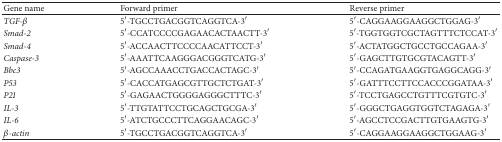
<table><thead><tr><td><b>Gene name</b></td><td><b>Forward primer</b></td><td><b>Reverse primer</b></td></tr></thead><tbody><tr><td><i>TGF-β</i></td><td>5′-TGCCTGACGGTCAGGTCA-3′</td><td>5′-CAGGAAGGAAGGCTGGAG-3′</td></tr><tr><td><i>Smad-2</i></td><td>5′-CCATCCCCGAGAACACTAACTT-3′</td><td>5′-TGGTGGTCGCTAGTTTCTCCAT-3′</td></tr><tr><td><i>Smad-4</i></td><td>5′-ACCAACTTCCCCAACATTCCT-3′</td><td>5′-ACTATGGCTGCCTGCCAGAA-3′</td></tr><tr><td><i>Caspase-3</i></td><td>5′-AAATTCAAGGGACGGGTCATG-3′</td><td>5′-GAGCTTGTGCGTACAGTT-3′</td></tr><tr><td><i>Bbc3</i></td><td>5′-AGCCAAACCTGACCACTAGC-3′</td><td>5′-CCAGATGAAGGTGAGGCAGG-3′</td></tr><tr><td><i>P53</i></td><td>5′-CACCATGAGCGTTGCTCTGAT-3′</td><td>5′-GATTTCCTTCCACCCGGATAA-3′</td></tr><tr><td><i>P21</i></td><td>5′-GAGAACTGGGGAGGGCTTTC-3′</td><td>5′-TCCTGAGCCTGTTTCGTGTC-3′</td></tr><tr><td><i>IL-3</i></td><td>5′-TTGTATTCCTGCAGCTGCGA-3′</td><td>5′-GGGCTGAGGTGGTCTAGAGA-3′</td></tr><tr><td><i>IL-6</i></td><td>5′-ATCTGCCCTTCAGGAACAGC-3′</td><td>5′-AGCCTCCGACTTGTGAAGTG-3′</td></tr><tr><td><i>β-actin</i></td><td>5′-TGCCTGACGGTCAGGTCA-3′</td><td>5′-CAGGAAGGAAGGCTGGAAG-3′</td></tr></tbody></table>